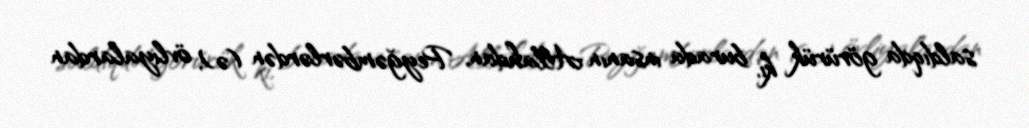
saldıqda görürük ki, burada insanın Allahdan, Peyğəmbərlərdən (ə), övliyalardan